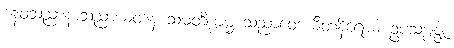
နေဝသညာနာသညာယတနံ သမတိက္ကမ္မ သညာဝေဒယိတနိရောဓံ ဥပသမ္ပဇ္ဇ